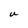
Character: U